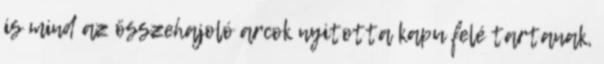
is mind az összehajoló arcok nyitotta kapu felé tartanak,